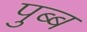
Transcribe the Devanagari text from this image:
पुब्ब